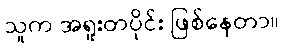
သူက အရူးတပိုင်း ဖြစ်နေတာ။